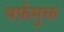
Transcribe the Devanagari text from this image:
बर्फ़मुक्त